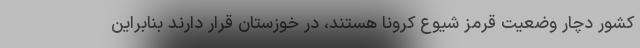
کشور دچار وضعیت قرمز شیوع کرونا هستند، در خوزستان قرار دارند بنابراین